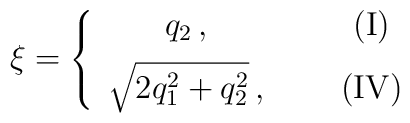
\xi = \left\{ \begin{array}{ccc} q_2\,, &~~& {\rm(I)} \\[1ex]\sqrt{2q_1^2 +q_2^2}\,, & &{\rm(IV)} \end{array} \right.